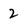
Character: 2